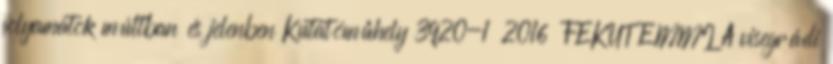
folyamatok múltban és jelenben Kutatóműhely 3920-1 2016 FEKUT EMMI A visegrádi